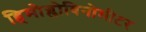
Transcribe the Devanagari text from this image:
हिमोग्लोबिनोमीटर